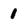
Character: 1